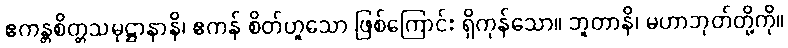
ဧကန္တစိတ္တသမုဋ္ဌာနာနိ၊ ဧကန် စိတ်ဟူသော ဖြစ်ကြောင်း ရှိကုန်သော။ ဘူတာနိ၊ မဟာဘုတ်တို့ကို။